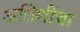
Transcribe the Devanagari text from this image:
अतिथींचा